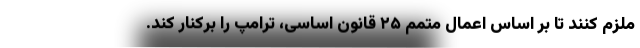
ملزم کنند تا بر اساس اعمال متمم ۲۵ قانون اساسی، ترامپ را برکنار کند.